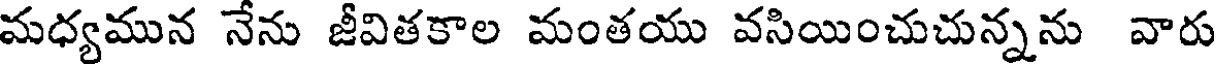
మధ్యమున నేను జీవితకాల మంతయు వసియించుచున్నను వారు